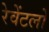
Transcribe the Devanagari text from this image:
रेवेंटलो